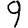
Digit: 9